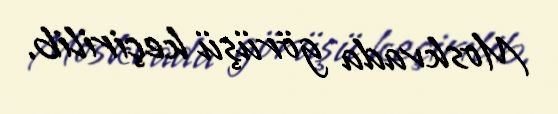
Moskvada görüşü keçirilib.